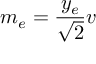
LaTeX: m _ { e } = { \frac { y _ { e } } { \sqrt { 2 } } } v